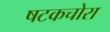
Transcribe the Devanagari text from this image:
षटकचोरा